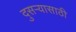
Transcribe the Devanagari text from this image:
दुसऱ्यासाठी